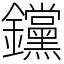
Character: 钂